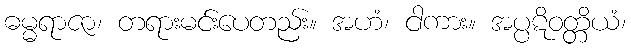
ဓမ္မရာဇာ၊ တရားမင်းပေတည်း။ အဟံ၊ ငါကား။ အပ္ပဋိဝတ္တိယံ၊